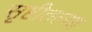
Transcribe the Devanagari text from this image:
सृष्टीतल्या